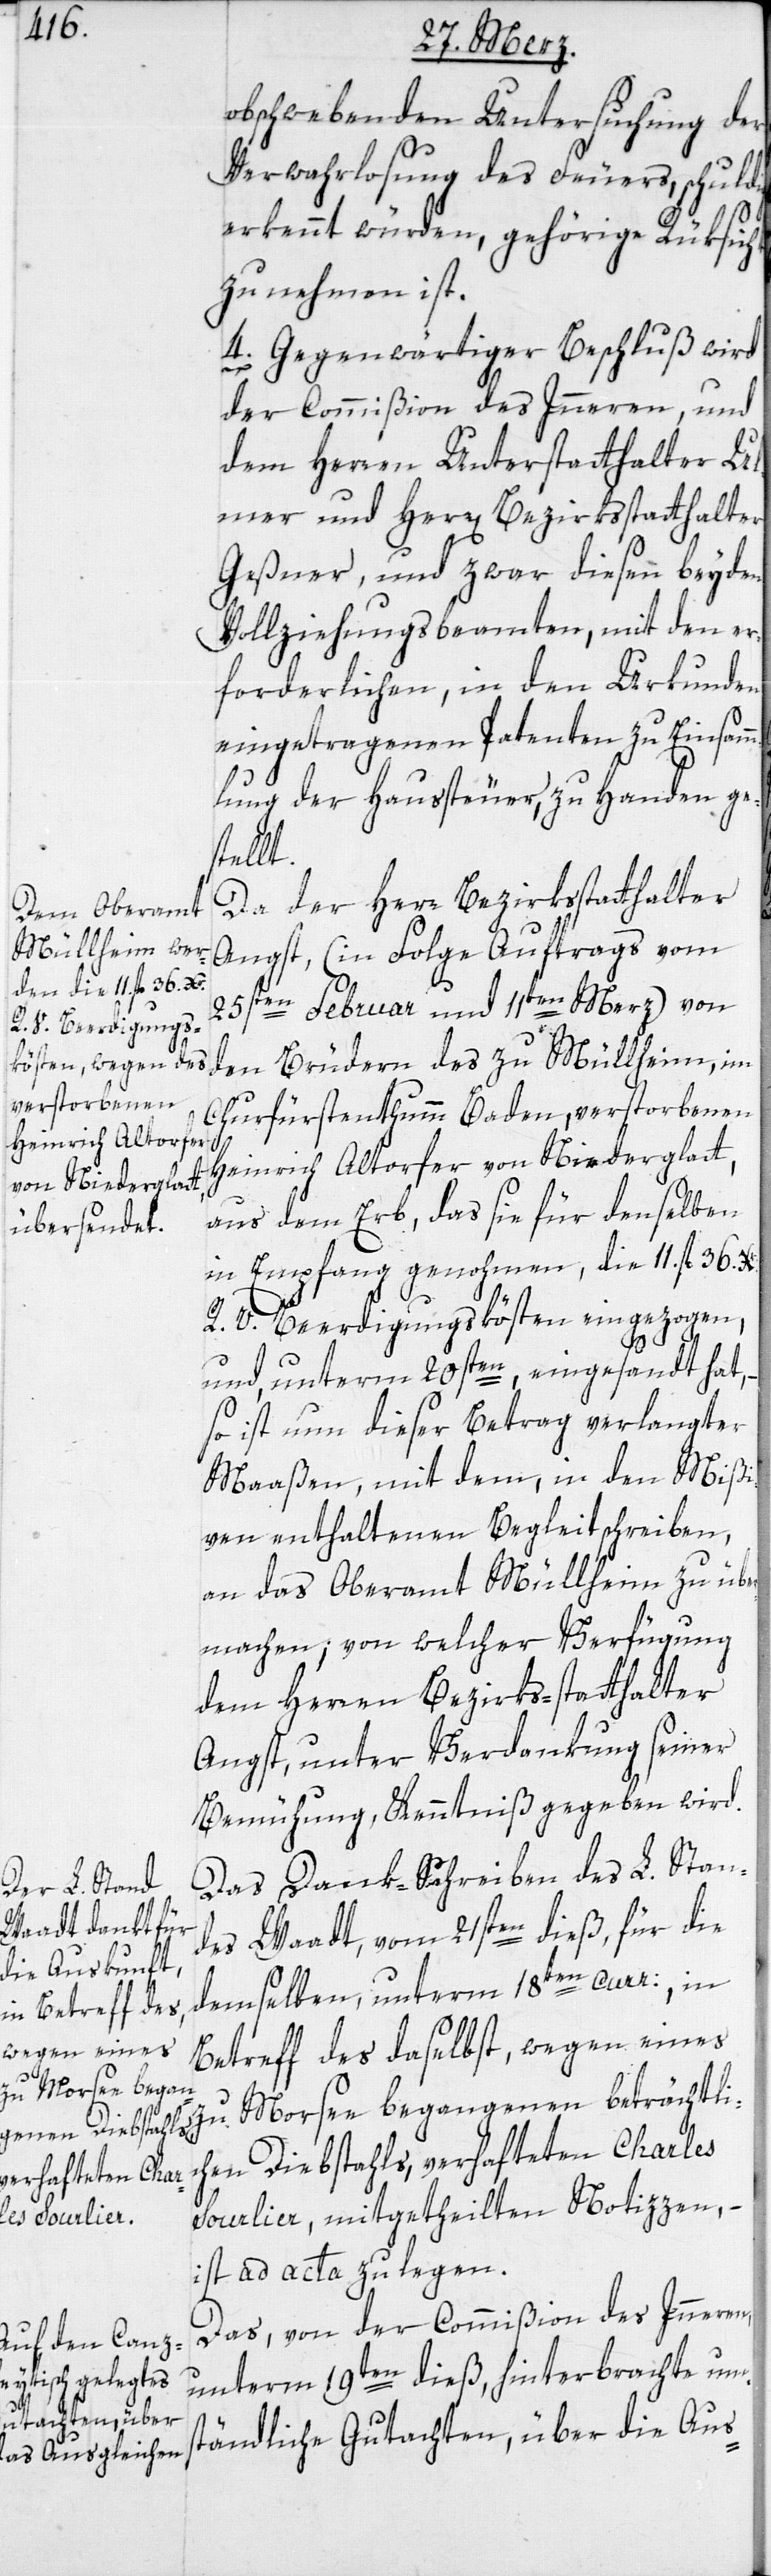
obschwebenden Untersuchung der
Verwahrlosung des Feuers, schuldig
erkennt würden, gehörige Rüksicht
zu nehmen ist.
4. Gegenwärtiger Beschluß wird
der Commißion des Inneren, und
dem Herren Unterstatthalter Ul¬
mer und Herr Bezirksstatthalter
Geßner, und zwar diesen beyden
Vollziehungsbeamten, mit den er¬
forderlichen, in den Urkunden
eingetragenen Patenten, zu Einsamm¬
lung der Haussteuer, zu Handen ges¬
tellt.
Da der Herr Bezirksstatthalter
Angst, (in Folge Auftrags vom
25sten Februar und 11ten Merz) von
den Brüdern des zu Müllheim, im
Churfürstenthumm Baden, verstorbenen
Heinrich Altorfer von Niederglatt,
aus dem Erb, das sie für denselben
in Empfang genohmen, die 11. fl. 36.
R. V. Beerdigungskösten eingezogen,
und, unterm 20sten, eingesandt hat,
so ist nun dieser Betrag verlangter
Maaßen, mit dem, in den Mißi¬
ven enthaltenen Begleitschreiben,
an das Oberamt Müllheim zu über¬
machen; von welcher Verfügung
dem Herren Bezirks-statthalter
Angst, unter Verdankung seiner
Bemühung, Kenntniß gegeben wird.
Das Dank-Schreiben des L. Stan¬
des Waadt, vom 21sten dieß, für die
demselben, unterm 18ten curr:, in
Betreff des daselbst, wegen eines
zu Morsee begangenen beträchtli¬
chen Diebstahls, verhafteten Charles
Sourlier, mitgetheilten Notizzen,
ist ad acta zu legen.
Das, von der Commißion des Inneren
unterm 19ten dieß, hinterbrachte um¬
ständliche Gutachten, über die Aus-